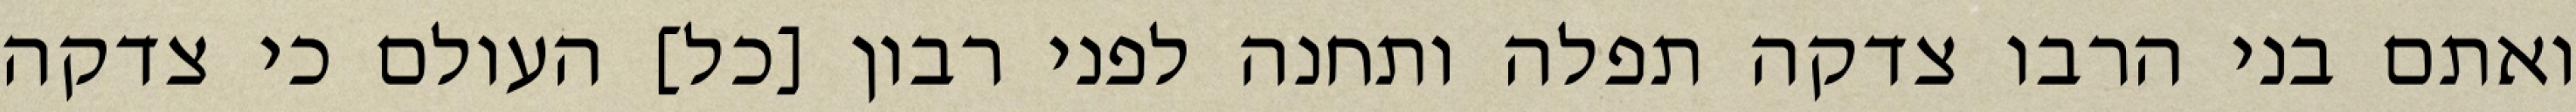
ואתם בני הרבו צדקה תפלה ותחנה לפני רבון [כל] העולם כי צדקה